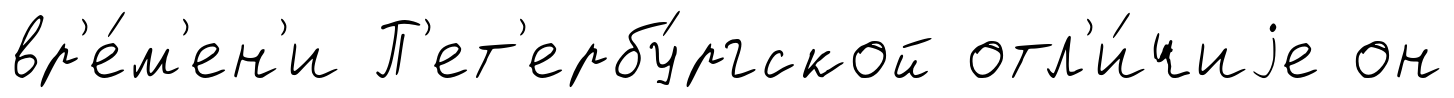
вр'е́м'ен'и П'ет'ербу́ргской отл'и́чиjе он